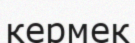
кермек